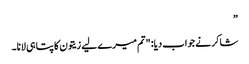
”
شاکر نے جواب دیا: "تم میرے لیے زیتون کا پتا ہی لانا۔